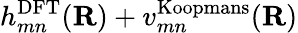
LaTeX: h_{mn}^{\mathrm{DFT}}(\mathbf{R})+v_{mn}^{\mathrm{Koopmans}}(\mathbf{R})